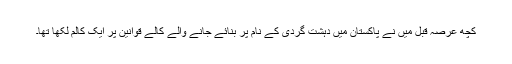
کچھ عرصہ قبل میں نے پاکستان میں دہشت گردی کے نام پر بنائے جانے والے کالے قوانین پر ایک کالم لکھا تھا۔